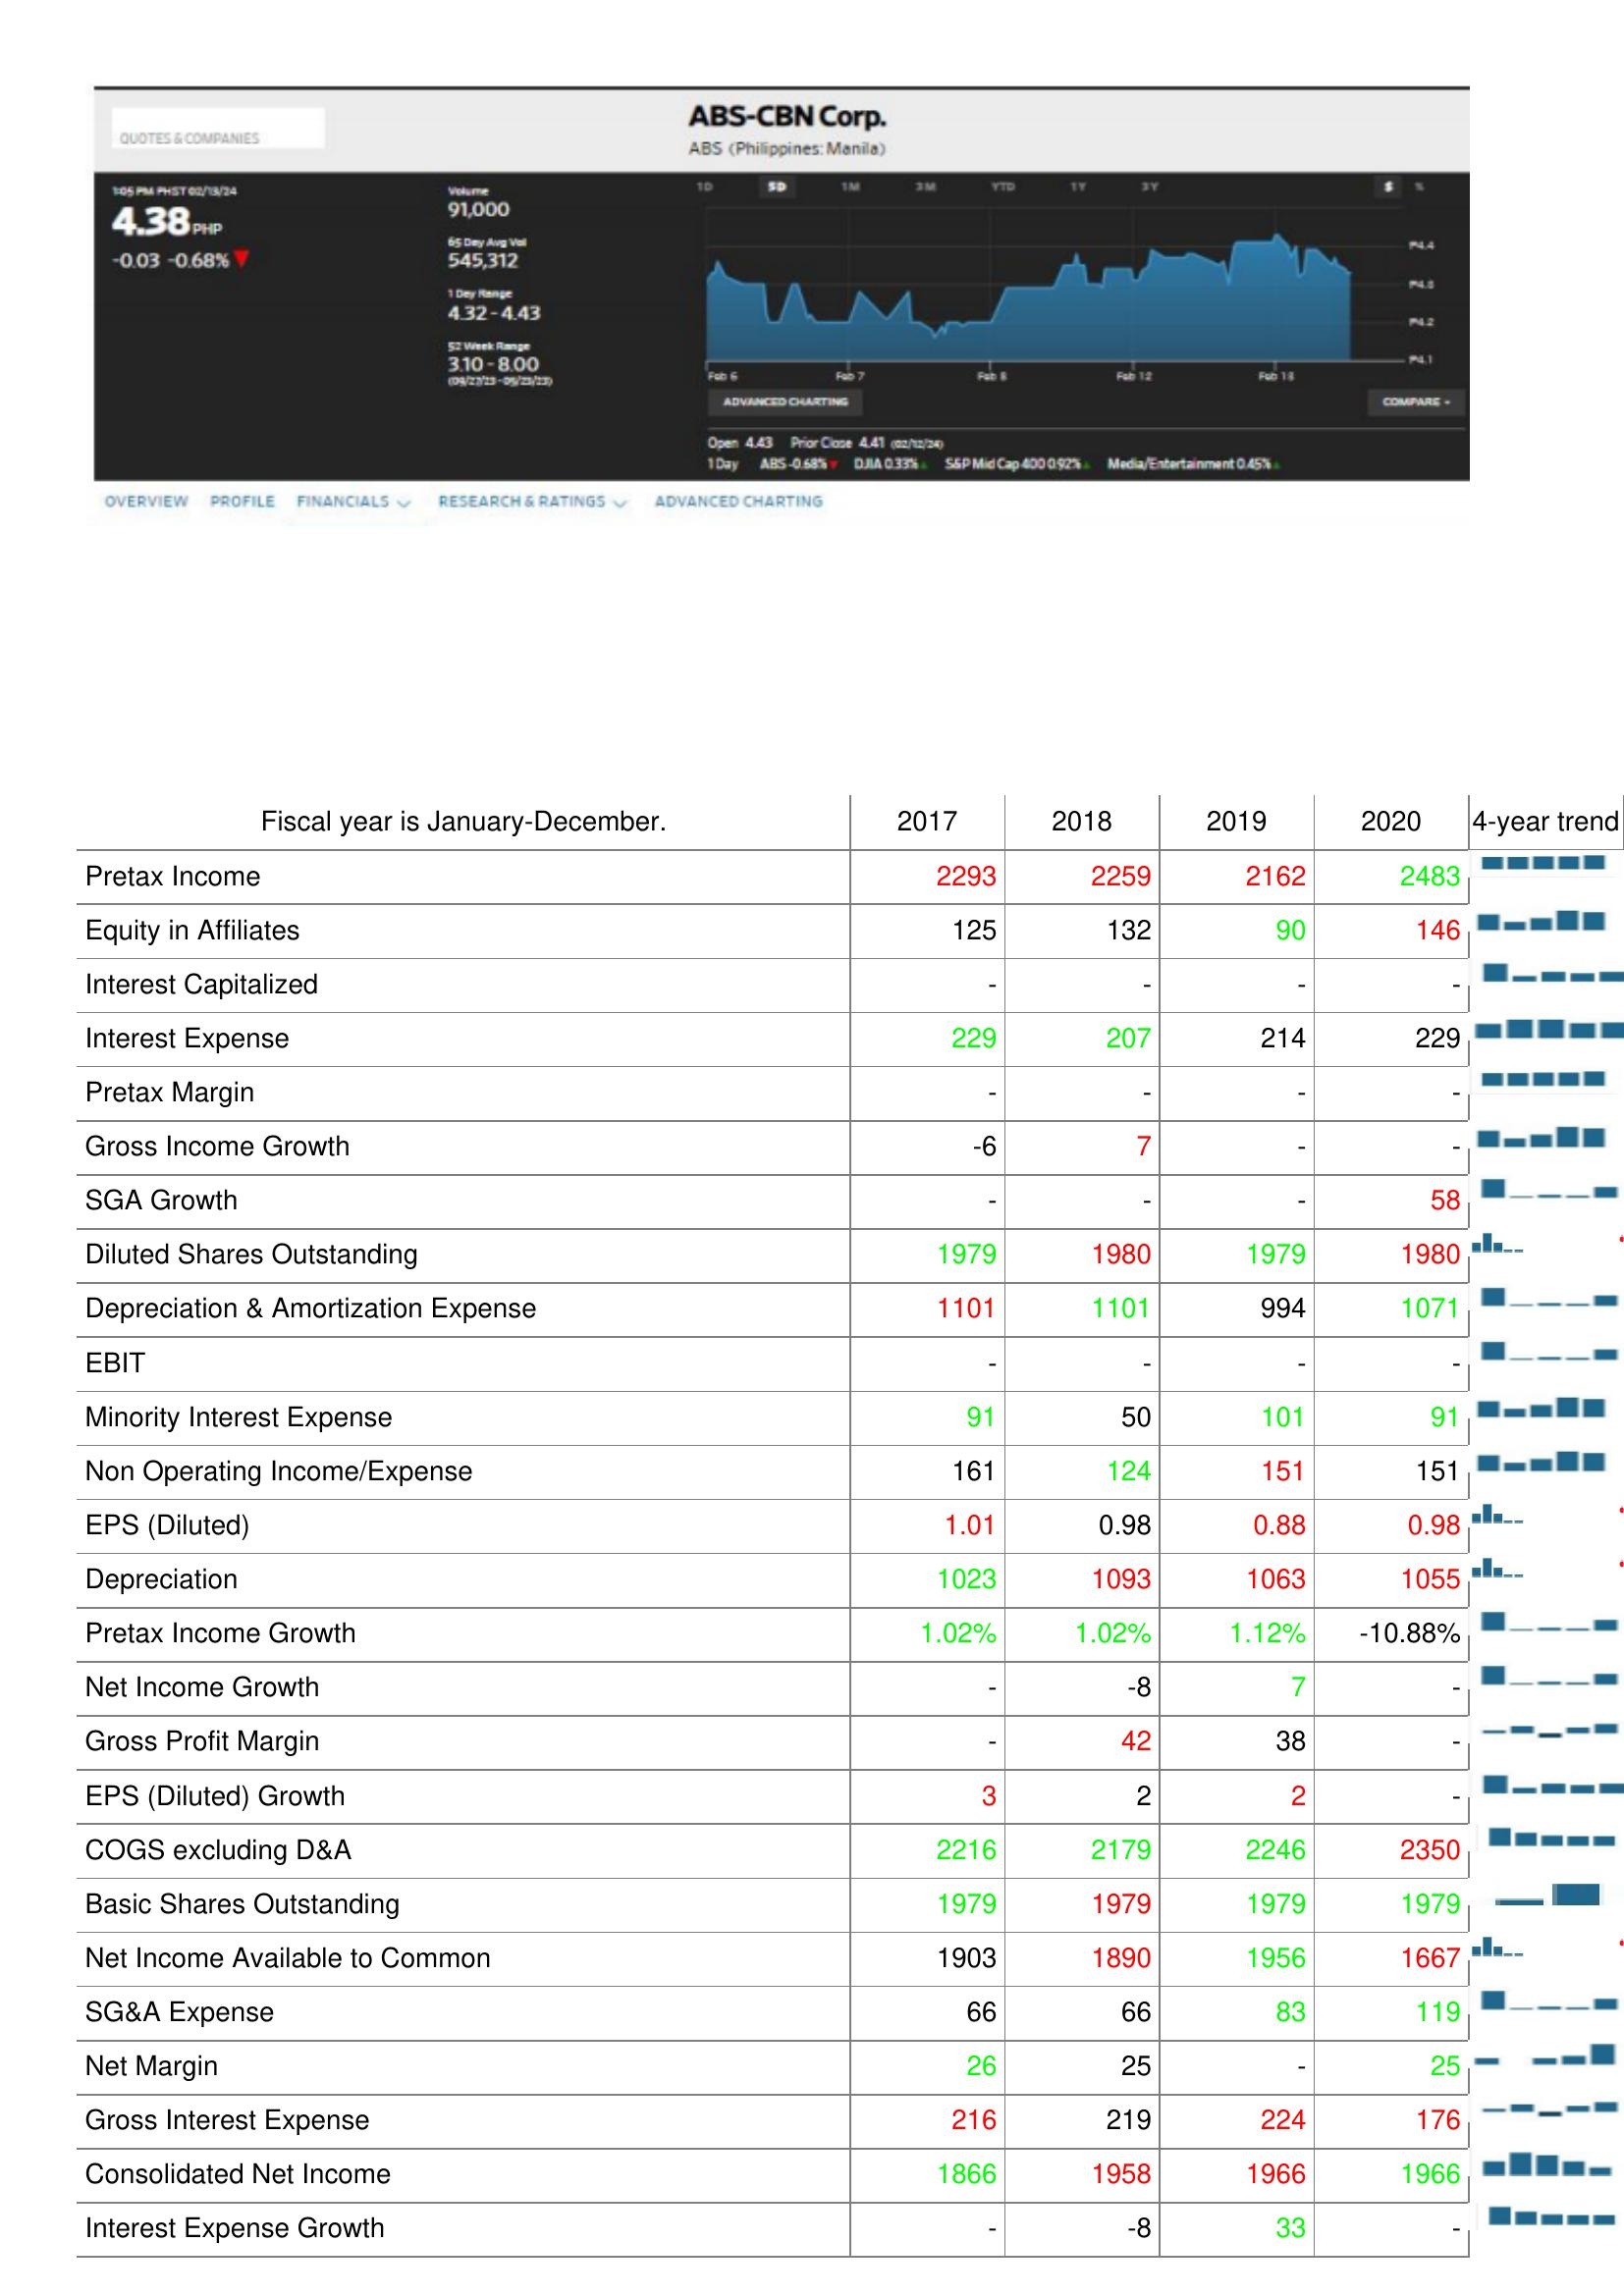
2017: : Pretax Income: 2293
Equity in Affiliates: 125
Interest Capitalized: -
Interest Expense: 229
Pretax Margin: -
Gross Income Growth: -6
SGA Growth: -
Diluted Shares Outstanding: 1979
Depreciation & Amortization Expense: 1101
EBIT: -
Minority Interest Expense: 91
Non Operating Income/Expense: 161
EPS (Diluted): 1.01
Depreciation: 1023
Pretax Income Growth: 1.02%
Net Income Growth: -
Gross Profit Margin: -
EPS (Diluted) Growth: 3
COGS excluding D&A: 2216
Basic Shares Outstanding: 1979
Net Income Available to Common: 1903
SG&A Expense: 66
Net Margin: 26
Gross Interest Expense: 216
Consolidated Net Income: 1866
Interest Expense Growth: -
2018: : Pretax Income: 2259
Equity in Affiliates: 132
Interest Capitalized: -
Interest Expense: 207
Pretax Margin: -
Gross Income Growth: 7
SGA Growth: -
Diluted Shares Outstanding: 1980
Depreciation & Amortization Expense: 1101
EBIT: -
Minority Interest Expense: 50
Non Operating Income/Expense: 124
EPS (Diluted): 0.98
Depreciation: 1093
Pretax Income Growth: 1.02%
Net Income Growth: -8
Gross Profit Margin: 42
EPS (Diluted) Growth: 2
COGS excluding D&A: 2179
Basic Shares Outstanding: 1979
Net Income Available to Common: 1890
SG&A Expense: 66
Net Margin: 25
Gross Interest Expense: 219
Consolidated Net Income: 1958
Interest Expense Growth: -8
2019: : Pretax Income: 2162
Equity in Affiliates: 90
Interest Capitalized: -
Interest Expense: 214
Pretax Margin: -
Gross Income Growth: -
SGA Growth: -
Diluted Shares Outstanding: 1979
Depreciation & Amortization Expense: 994
EBIT: -
Minority Interest Expense: 101
Non Operating Income/Expense: 151
EPS (Diluted): 0.88
Depreciation: 1063
Pretax Income Growth: 1.12%
Net Income Growth: 7
Gross Profit Margin: 38
EPS (Diluted) Growth: 2
COGS excluding D&A: 2246
Basic Shares Outstanding: 1979
Net Income Available to Common: 1956
SG&A Expense: 83
Net Margin: -
Gross Interest Expense: 224
Consolidated Net Income: 1966
Interest Expense Growth: 33
2020: : Pretax Income: 2483
Equity in Affiliates: 146
Interest Capitalized: -
Interest Expense: 229
Pretax Margin: -
Gross Income Growth: -
SGA Growth: 58
Diluted Shares Outstanding: 1980
Depreciation & Amortization Expense: 1071
EBIT: -
Minority Interest Expense: 91
Non Operating Income/Expense: 151
EPS (Diluted): 0.98
Depreciation: 1055
Pretax Income Growth: -10.88%
Net Income Growth: -
Gross Profit Margin: -
EPS (Diluted) Growth: -
COGS excluding D&A: 2350
Basic Shares Outstanding: 1979
Net Income Available to Common: 1667
SG&A Expense: 119
Net Margin: 25
Gross Interest Expense: 176
Consolidated Net Income: 1966
Interest Expense Growth: -